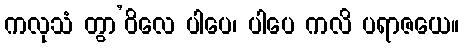
ကလုသံ တွာ’ဝိလေ ပါပေ၊ ပါပေ ကလိ ပရာဇယေ။